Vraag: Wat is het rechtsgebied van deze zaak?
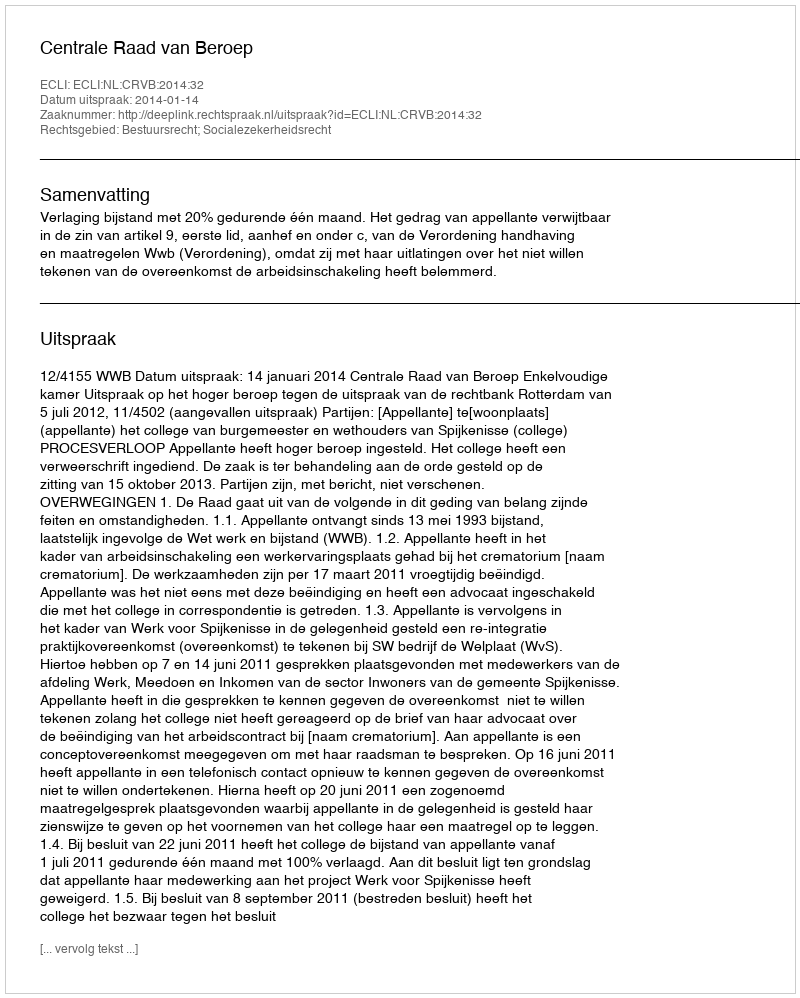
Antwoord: Bestuursrecht; Socialezekerheidsrecht